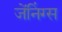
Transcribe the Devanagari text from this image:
जेंनिंग्स